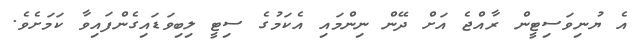
އެ ޔުނިވަސިޓީން ރާއްޖެ އަށް ދޭން ނިންމައި އެކަމުގެ ސިޓީ ލިބިވަޑައިގެންފައިވާ ކަމަށެވެ.